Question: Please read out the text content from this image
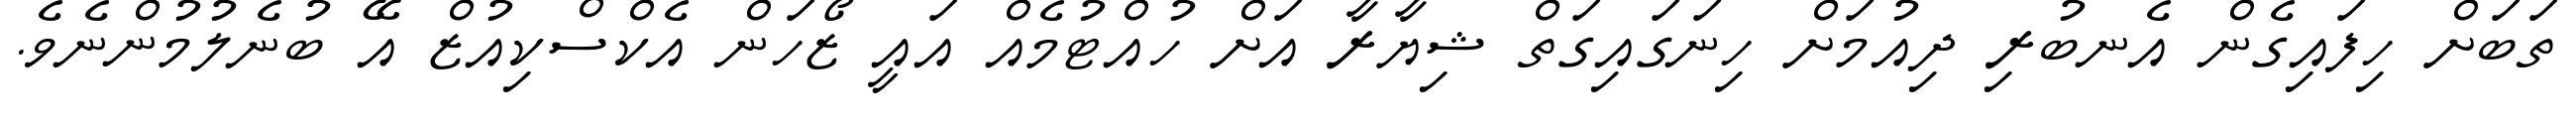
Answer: ތަބަށް ހިފައިގެން އެނބުރި ދިއުމަށް ހިނަގައިގަތް ޝިޔާރާ އަށް ހުއްޓުމެއް އައީ ޒޯހަން އެކްސްކިއުޒް އޭ ބުނެލުމުންނެވެ.